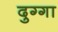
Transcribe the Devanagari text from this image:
दुग्गा